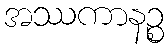
အဿကာနဉ္စ